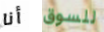
أنا للسوق